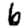
Digit: 6